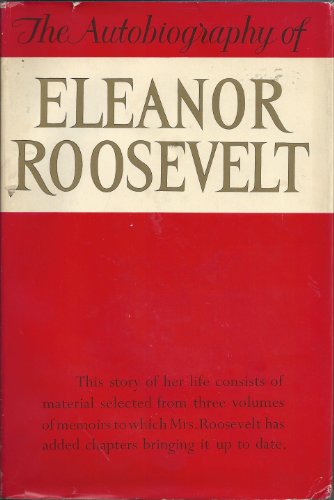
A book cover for The Autobiography of Eleanor Roosevelt; Eleanor Roosevelt; Biographies & Memoirs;